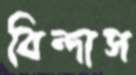
বিন্দাস